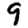
Digit: 9